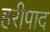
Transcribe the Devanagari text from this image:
हरीपाद